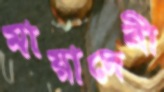
মায়াদেবী